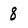
Character: 8